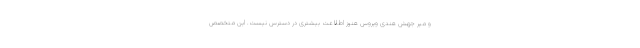
و میر جهش هندی ویروس هنوز اطلاعت بیشتری در دسترس نیست. این متخصص